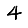
Digit: 4